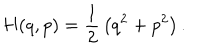
LaTeX: H ( q , p ) = { \frac { 1 } { 2 } } \left( q ^ { 2 } + p ^ { 2 } \right) .